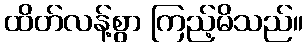
ထိတ်လန့်စွာ ကြည့်မိသည်။